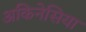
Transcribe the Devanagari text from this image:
अकिनेसिया